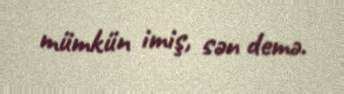
mümkün imiş, sən demə.